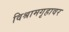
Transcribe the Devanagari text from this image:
विश्रामगृहावर